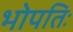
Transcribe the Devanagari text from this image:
भोपतिः